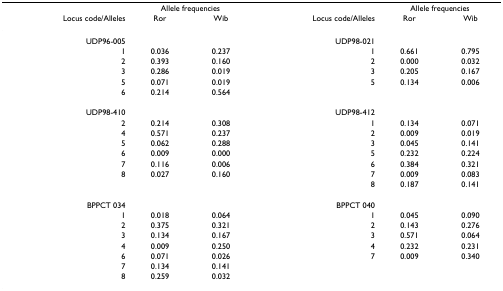
|  | <COLSPAN=2> Allele frequencies |  | <COLSPAN=2> Allele frequencies |
 | Locus code/Alleles | Ror | Wib | Locus code/Alleles | Ror | Wib |
 | --- | --- | --- | --- | --- | --- |
 | UDP96-005 |  |  | UDP98-021 |  |  |
 | 1 | 0.036 | 0.237 | 1 | 0.661 | 0.795 |
 | 2 | 0.393 | 0.160 | 2 | 0.000 | 0.032 |
 | 3 | 0.286 | 0.019 | 3 | 0.205 | 0.167 |
 | 5 | 0.071 | 0.019 | 5 | 0.134 | 0.006 |
 | 6 | 0.214 | 0.564 |  |  |  |
 | UDP98-410 |  |  | UDP98-412 |  |  |
 | 2 | 0.214 | 0.308 | 1 | 0.134 | 0.071 |
 | 4 | 0.571 | 0.237 | 2 | 0.009 | 0.019 |
 | 5 | 0.062 | 0.288 | 3 | 0.045 | 0.141 |
 | 6 | 0.009 | 0.000 | 5 | 0.232 | 0.224 |
 | 7 | 0.116 | 0.006 | 6 | 0.384 | 0.321 |
 | 8 | 0.027 | 0.160 | 7 | 0.009 | 0.083 |
 |  |  |  | 8 | 0.187 | 0.141 |
 | BPPCT 034 |  |  | BPPCT 040 |  |  |
 | 1 | 0.018 | 0.064 | 1 | 0.045 | 0.090 |
 | 2 | 0.375 | 0.321 | 2 | 0.143 | 0.276 |
 | 3 | 0.134 | 0.167 | 3 | 0.571 | 0.064 |
 | 4 | 0.009 | 0.250 | 4 | 0.232 | 0.231 |
 | 6 | 0.071 | 0.026 | 7 | 0.009 | 0.340 |
 | 7 | 0.134 | 0.141 |  |  |  |
 | 8 | 0.259 | 0.032 |  |  |  |